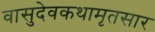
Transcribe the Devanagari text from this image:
वासुदेवकथामृतसार